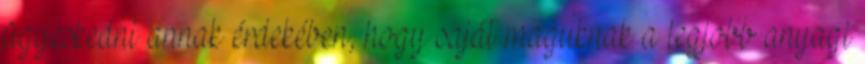
ügyeskedni annak érdekében, hogy saját maguknak a legjobb anyagi